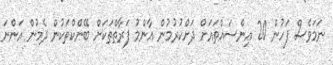
ނަމަވެސް ފަހުން 20 އިންސައްތައަށް ދަށްކުރުމުން އާންމު ފަރާތްތަކަށް ބޭންކްތަކުން ދެމުން އަންނަ